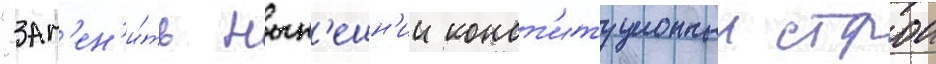
"зам'ен'и́ть нын'ешн'ии конст'итуционныи строи